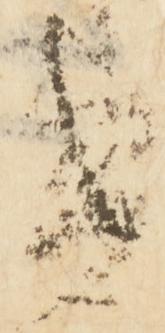
き